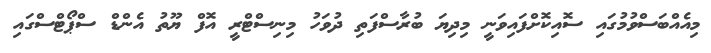
މިއެއްބަސްވުމުގައި ސޮއިކޮށްފައިވަނީ މިދިޔަ ބުރާސްފަތި ދުވަހު މިނިސްޓްރީ އޮފް ޔޫތު އެންޑް ސްޕޯޓްސްގައި